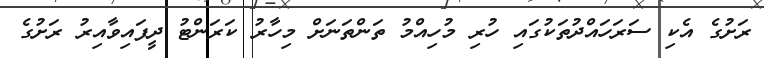
ރަށުގެ އެކި ސަރަހައްދުތަކުގައި ހުރި މުހިއްމު ތަންތަނަށް މިހާރު ކަރަންޓު ދީފައިވާއިރު ރަށުގެ